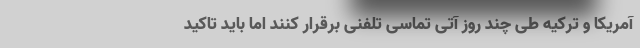
آمریکا و ترکیه طی چند روز آتی تماسی تلفنی برقرار کنند اما باید تاکید